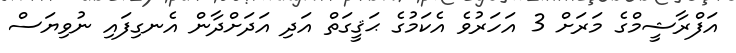
އަފްރާޝީމްގެ މަރަށް 3 އަހަރުވެ އެކަމުގެ ޙަޤީގަތް އަދި އަދަށްދާން އެނގިފައި ނުވިޔަސް